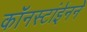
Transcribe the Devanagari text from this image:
कॉनस्टांईनने